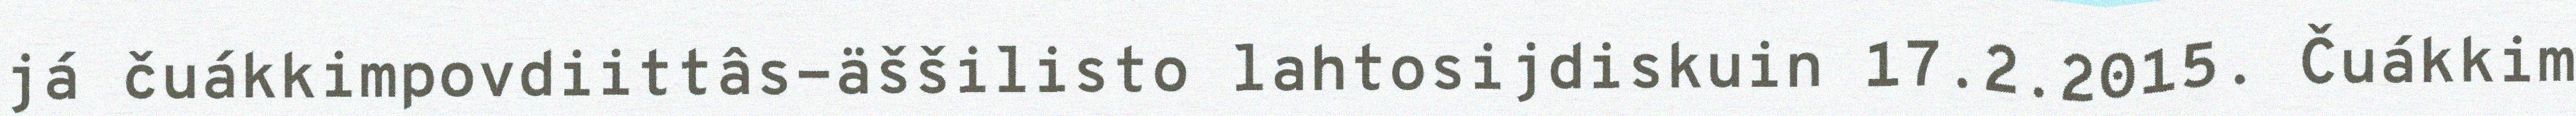
já čuákkimpovdiittâs-äššilisto lahtosijdiskuin 17.2.2015. Čuákkim